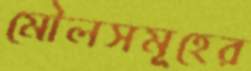
মৌলসমূহের